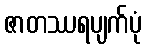
ဇာတဿရပျက်ပုံ